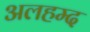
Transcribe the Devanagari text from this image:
अलहम्द